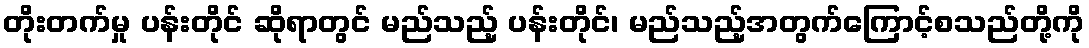
တိုးတက်မှု ပန်းတိုင် ဆိုရာတွင် မည်သည့် ပန်းတိုင်၊ မည်သည့်အတွက်ကြောင့်စသည်တို့ကို